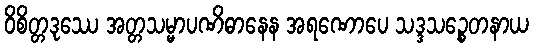
ဝိစိတ္တဒုဿေ အတ္တသမ္မာပဏိဓာနေန အရဏောပေ သဒ္ဒသဉ္စေတနာယ